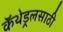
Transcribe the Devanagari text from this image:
कॅथेड्रलसाठी